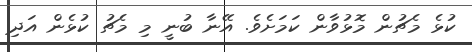
ކުޅެ މެޗުން މޮޅުވާން ކަމަށެވެ. އޭނާ ބުނީ މި މެޗު ކުޅެން އަދި